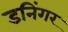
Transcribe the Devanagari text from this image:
डनिंगर